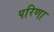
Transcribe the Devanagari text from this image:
परिणा